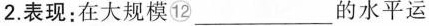
2.表现：在大规模⑫ ___的水平运